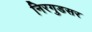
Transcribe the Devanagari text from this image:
निरगुडसर